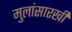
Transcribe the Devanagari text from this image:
मुलांसारखी